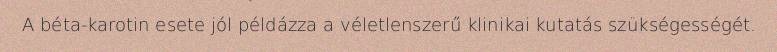
A béta-karotin esete jól példázza a véletlenszerű klinikai kutatás szükségességét.